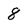
Character: 8